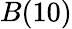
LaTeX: B(10)